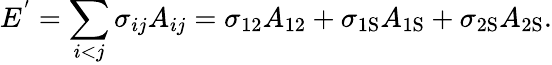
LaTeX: E^{'}=\sum_{i<j}\sigma_{ij}A_{ij}=\sigma_{12}A_{12}+\sigma_{\mathrm{{1S}}}A_{\mathrm{{1S}}}+\sigma_{\mathrm{{2S}}}A_{\mathrm{{2S}}}.